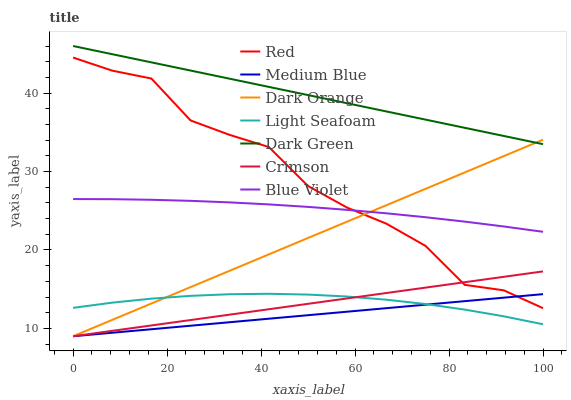
| xaxis_label | Red | Medium Blue | Dark Orange | Light Seafoam | Dark Green | Crimson | Blue Violet |
 | --- | --- | --- | --- | --- | --- | --- | --- |
 | 0 | 44.5 | 9 | 9 | 12.6 | 46 | 9 | 26.5 |
 | 8.33 | 42.9 | 9.45 | 11.1 | 13.3 | 45 | 9.69 | 26.5 |
 | 16.7 | 41.9 | 9.89 | 13.2 | 13.8 | 43.9 | 10.4 | 26.4 |
 | 25 | 36.5 | 10.3 | 15.3 | 14.2 | 42.9 | 11.1 | 26.3 |
 | 33.3 | 34.7 | 10.8 | 17.4 | 14.4 | 41.8 | 11.8 | 26.1 |
 | 41.7 | 33.1 | 11.2 | 19.4 | 14.4 | 40.8 | 12.4 | 25.8 |
 | 50 | 28.1 | 11.7 | 21.5 | 14.3 | 39.7 | 13.1 | 25.5 |
 | 58.3 | 25.4 | 12.1 | 23.6 | 14.1 | 38.7 | 13.8 | 25.1 |
 | 66.7 | 23.4 | 12.6 | 25.7 | 13.7 | 37.7 | 14.5 | 24.7 |
 | 75 | 20.5 | 13 | 27.8 | 13.1 | 36.6 | 15.2 | 24.2 |
 | 83.3 | 15.6 | 13.5 | 29.9 | 12.4 | 35.6 | 15.9 | 23.6 |
 | 91.7 | 14.9 | 13.9 | 32 | 11.5 | 34.5 | 16.6 | 23 |
 | 100 | 12.6 | 14.4 | 34.1 | 10.5 | 33.5 | 17.3 | 22.3 |